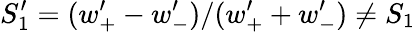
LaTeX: S_{1}^{\prime}=(w_{+}^{\prime}-w_{-}^{\prime})/(w_{+}^{\prime}+w_{-}^{\prime})\neq S_{1}